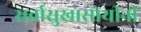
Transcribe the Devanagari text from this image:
सर्वासुखासोयीनी